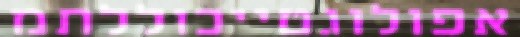
אפולוגטייכוללתמ